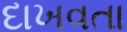
દાખવતા